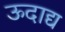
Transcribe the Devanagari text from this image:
ऊदाद्य